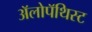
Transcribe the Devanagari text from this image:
अॅलोपॅथिस्ट